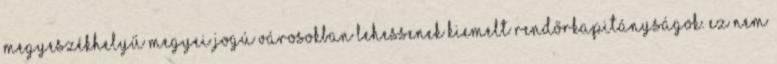
megyeszékhelyű megyei jogú városokban lehessenek kiemelt rendőrkapitányságok. Ez nem